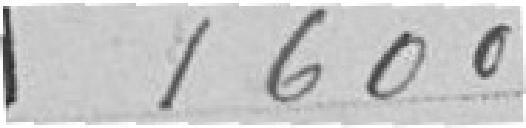
1600